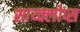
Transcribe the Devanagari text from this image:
साय्क्लोप्स